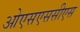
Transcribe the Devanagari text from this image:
ओएसएससीएस